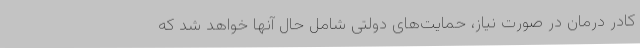
کادر درمان در صورت نیاز، حمایت‌های دولتی شامل حال آنها خواهد شد که